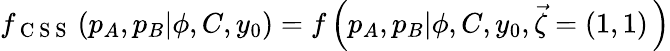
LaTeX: \begin{array}{r}{f_{\mathrm{~C~S~S~}}\left(p_{A},p_{B}|\phi,C,y_{0}\right)=f\left(p_{A},p_{B}|\phi,C,y_{0},\vec{\zeta}=(1,1)\, \right)}\end{array}